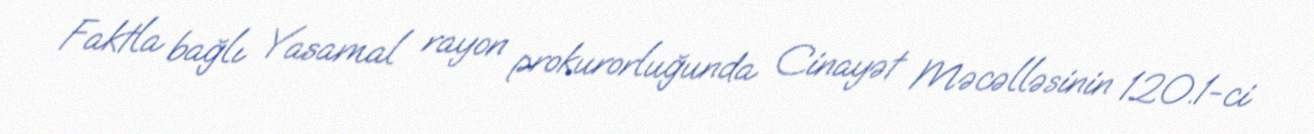
Faktla bağlı Yasamal rayon prokurorluğunda Cinayət Məcəlləsinin 120.1-ci